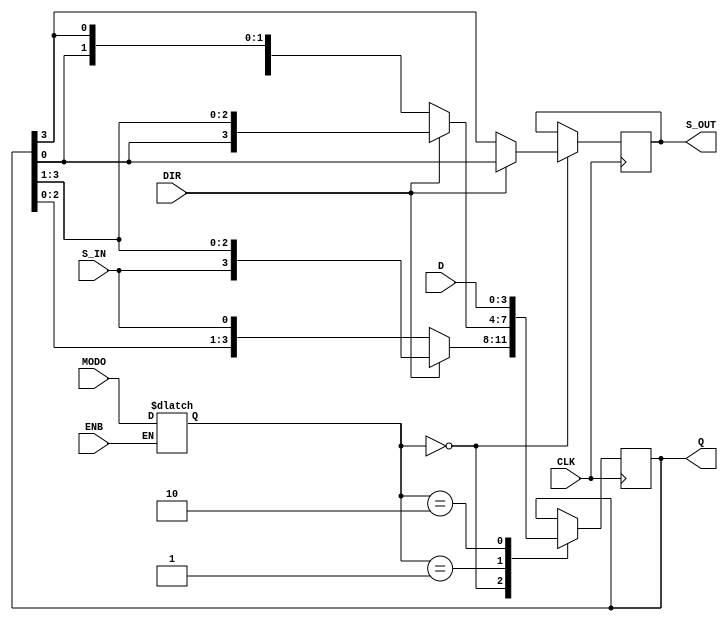
module reg_desp(Q, S_OUT, CLK, ENB, DIR, S_IN, MODO, D);
    //Declaracion de entradas y salidas
    input CLK, ENB, DIR, S_IN;
    input [1:0] MODO;
    input [3:0] D;
    output reg [3:0] Q;
    output reg S_OUT;

    //registro temporarl para el modo
	  reg [1:0] MODO_TEMP;

  initial begin
    Q[3:0] <= 0;
  end
//Verificacion de habilitacion de lectura del modo
always @(MODO) begin
        if (ENB == 1'b1) begin
			        MODO_TEMP <= MODO;
          end
		    else begin
			        MODO_TEMP <= MODO_TEMP;
        end
  end

  always @(posedge CLK) begin
      case (MODO_TEMP)
        2'b0: //Desp Izquierda
             if (DIR == 1'b0) begin
                  Q <= {Q[2:0],S_IN};
                  S_OUT <= Q[3];
              end
              else begin //Desp derecha
                  Q <= {S_IN,Q[3:1]};
                  S_OUT <= Q[0];
              end
        2'b1: //Rotacion izq
             if (DIR == 1'b0) begin
			            Q <= {Q[2:0],Q[3]};
              end
	    	    	else begin //Rotacion derecha
                  Q <= {Q[0],Q[3:1]};
              end
        2'b10: //Carga en paralelo
             Q[3:0] <= D[3:0];
      endcase
	end

endmodule